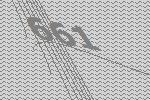
661